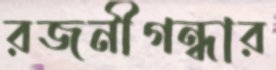
রজনীগন্ধার